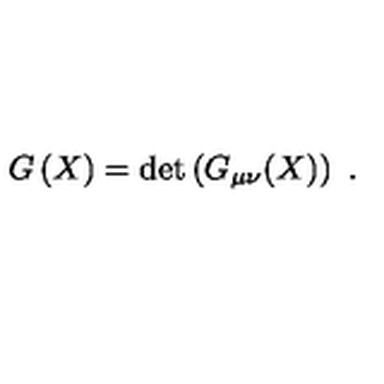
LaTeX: G \left( X \right) = \det \left( G _ { \mu \nu } ( X ) \right) \ .